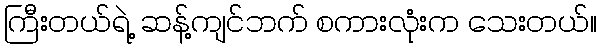
ကြီးတယ်ရဲ့ ဆန့်ကျင်ဘက် စကားလုံးက သေးတယ်။